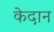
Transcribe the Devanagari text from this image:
केदान